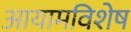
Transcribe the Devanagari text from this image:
आयामविशेष